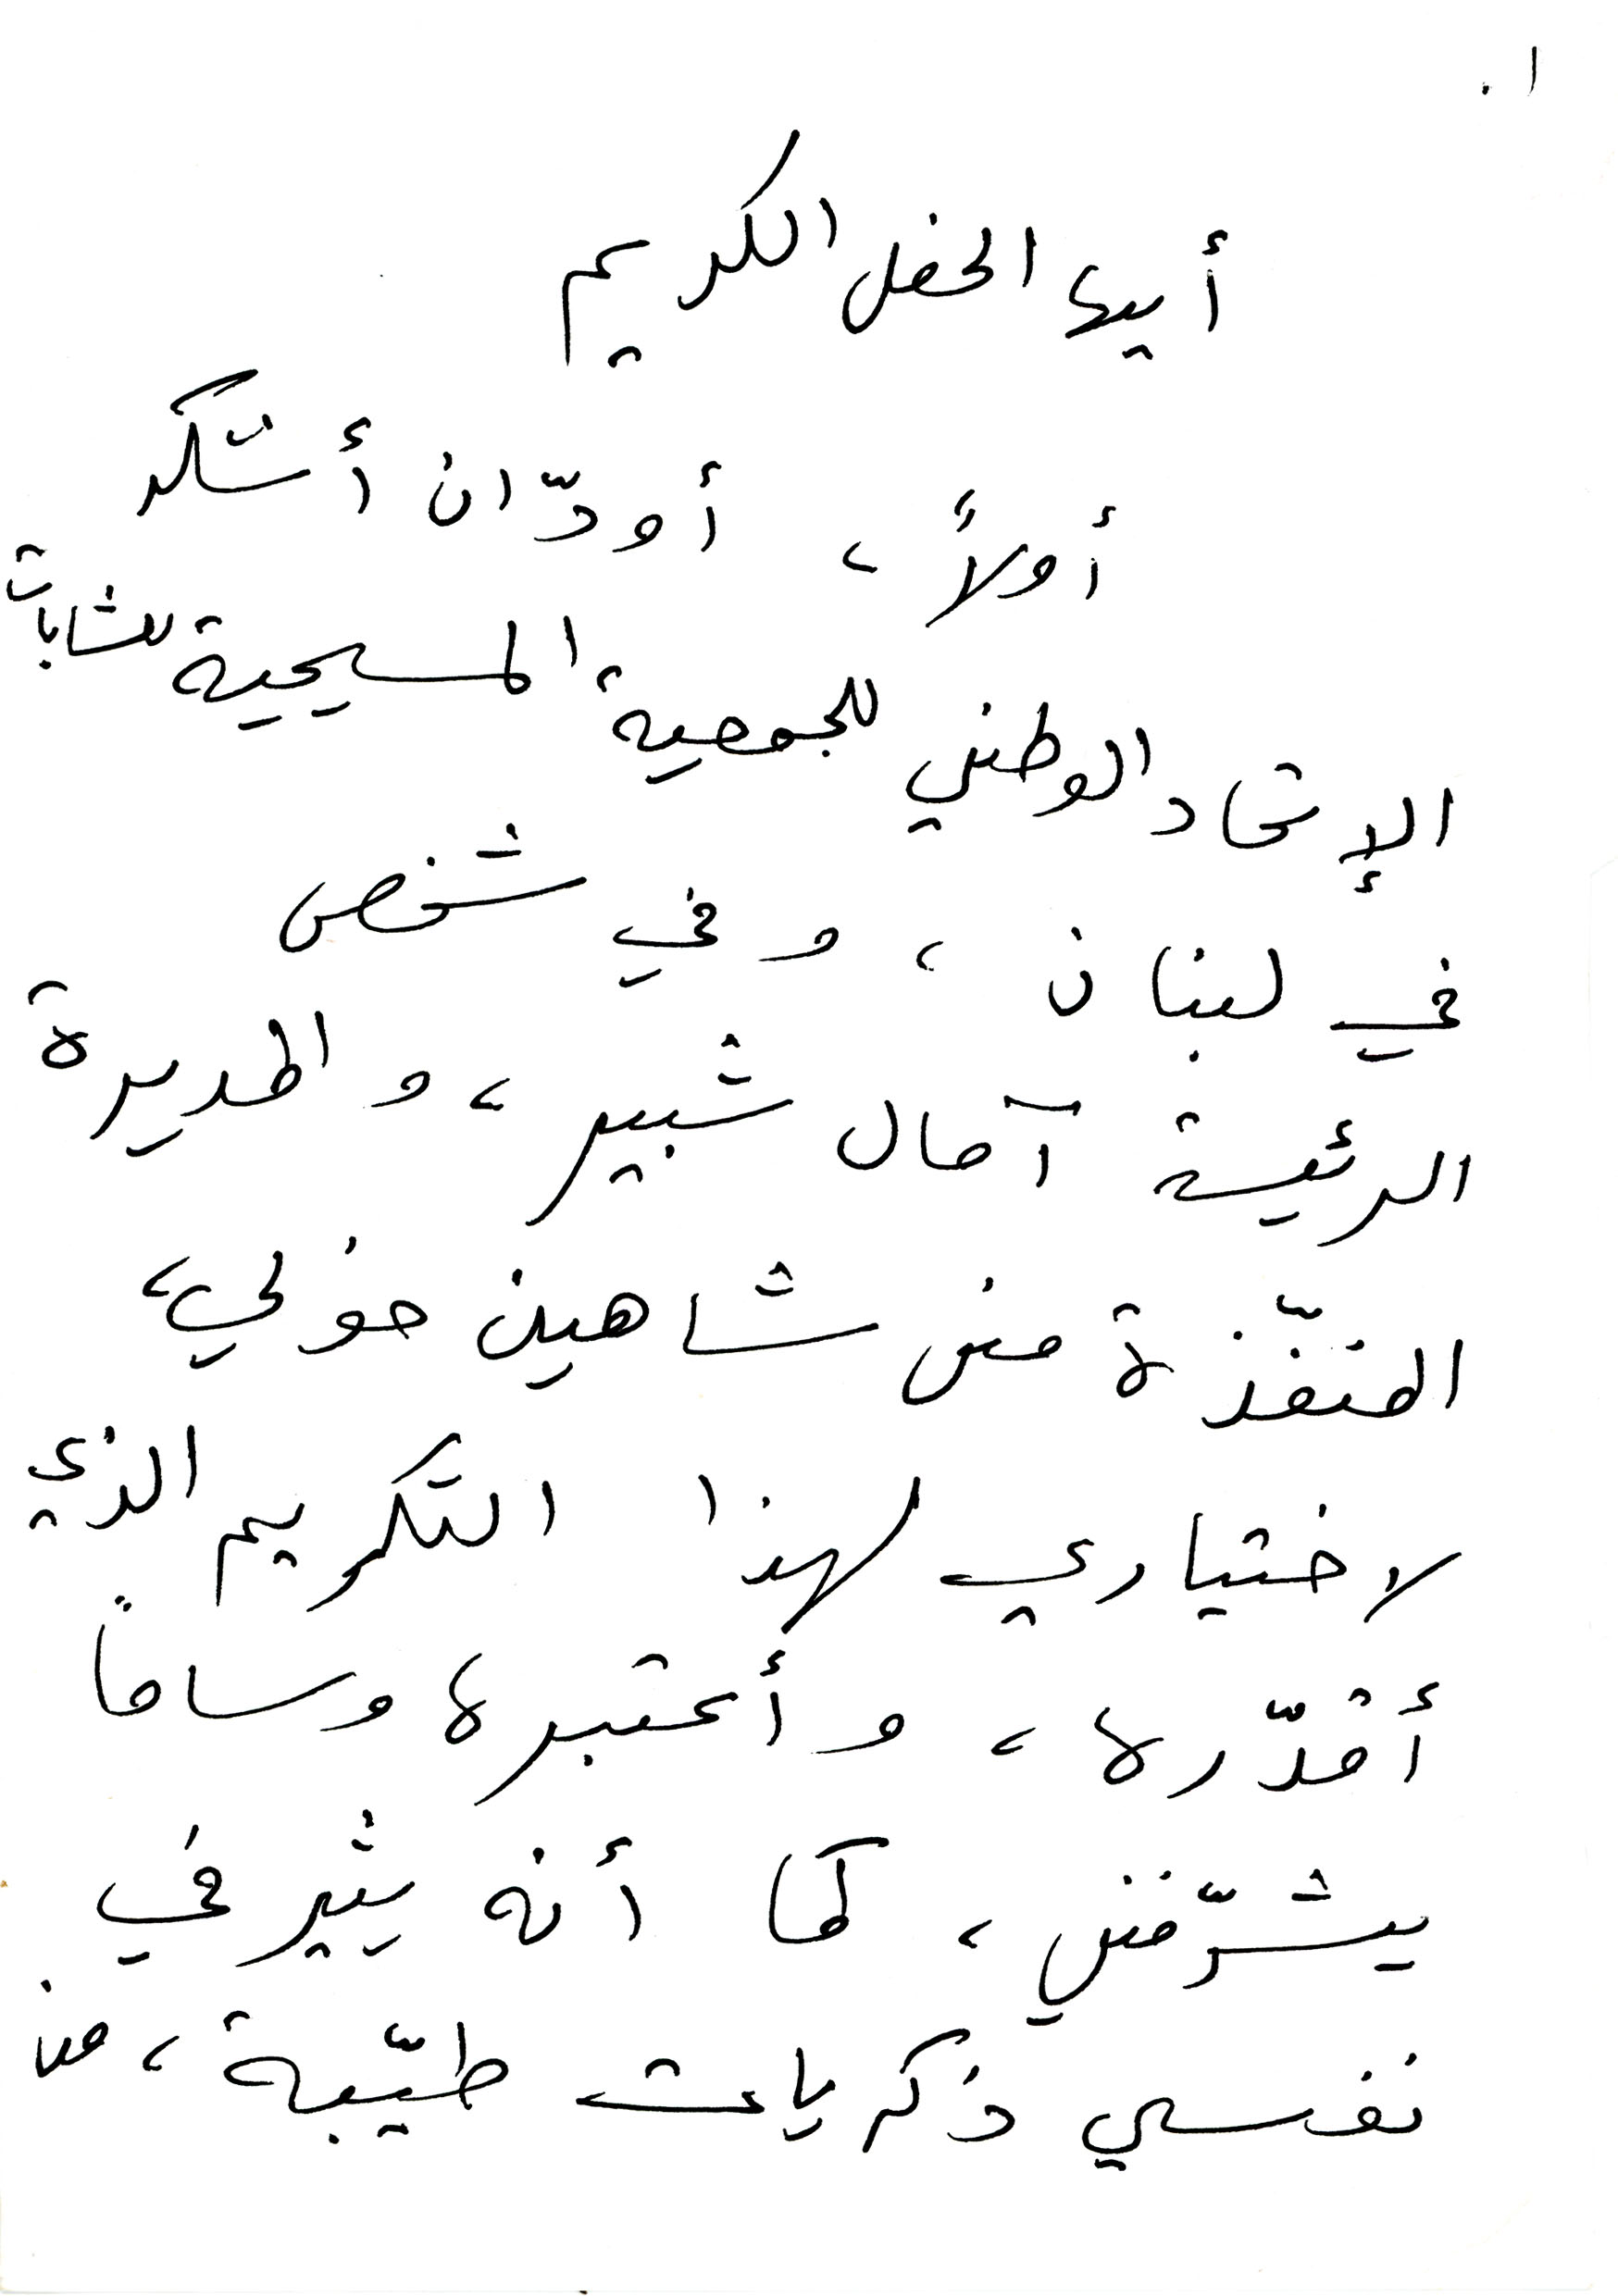
أيها الحفل الكريم
أولاً، أودّ ان أشكر
الإتحاد الوطني للجمعية المسيحية للشابات
في لبنان، وفي شخص
الرئيسة آمال شبير، والمديرة
المنفّذة منى شاهين خولي،
لاختياري لهذا التكريم الذي
أقدّره، وأعتبره وساماً
يشرّفني، كما أنه يثير في
نفسي ذكريات طيّبة، من